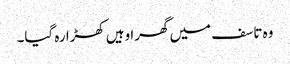
وہ تاسف میں گھرا وہیں کھڑا رہ گیا۔